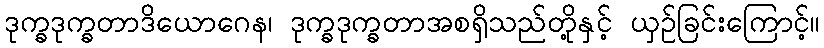
ဒုက္ခဒုက္ခတာဒိယောဂေန၊ ဒုက္ခဒုက္ခတာအစရှိသည်တို့နှင့် ယှဉ်ခြင်းကြောင့်။